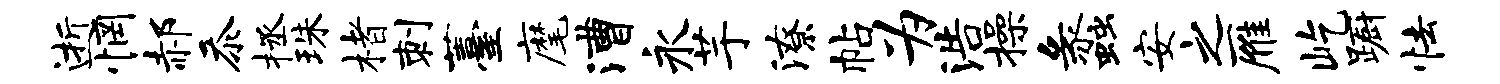
逝惘郝忝拯珠楮刺薹麾漕永芋潦帖为浩操蠡安之雁屹蹰怯